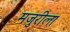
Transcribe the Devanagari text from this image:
मजुरीला